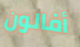
أفالون